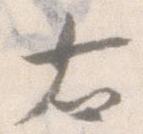
右